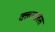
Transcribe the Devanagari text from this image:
क्लास्लेस